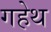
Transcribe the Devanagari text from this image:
गहेथ